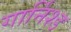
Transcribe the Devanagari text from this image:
गार्निश्ड